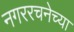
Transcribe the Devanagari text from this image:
नगररचनेच्या